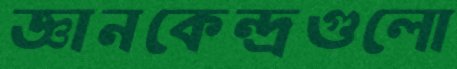
জ্ঞানকেন্দ্রগুলো